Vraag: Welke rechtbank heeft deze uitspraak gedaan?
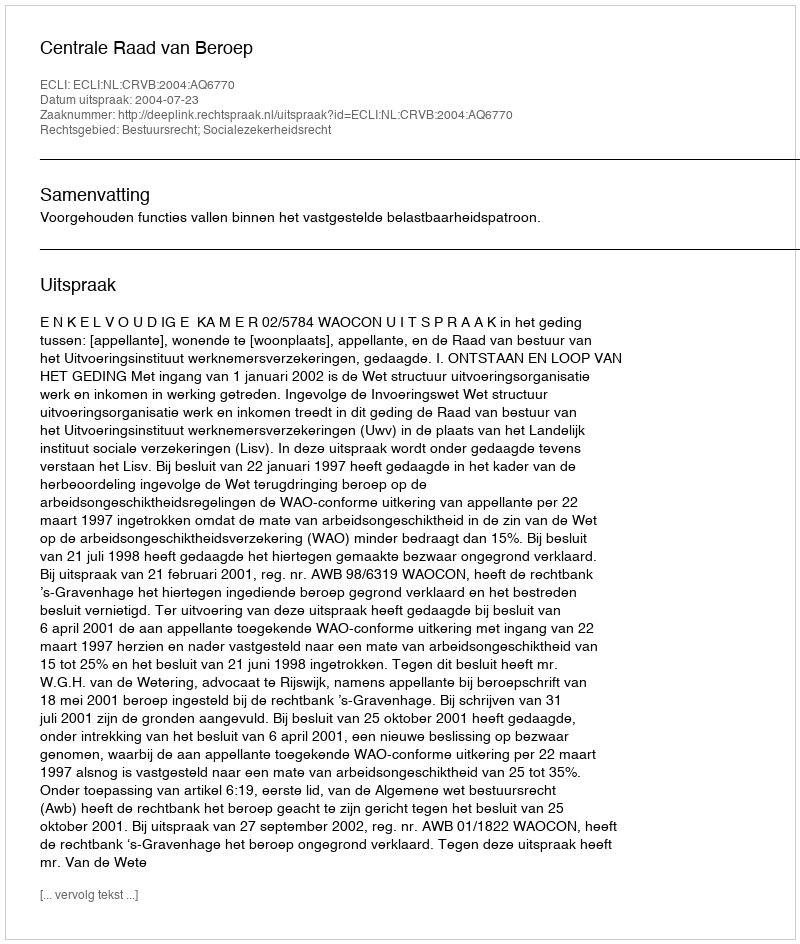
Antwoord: Centrale Raad van Beroep